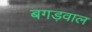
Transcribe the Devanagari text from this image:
बगड़वाल